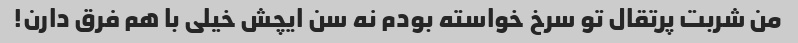
من شربت پرتقال تو سرخ خواسته بودم نه‌ سن ایچش خیلی با هم فرق دارن!